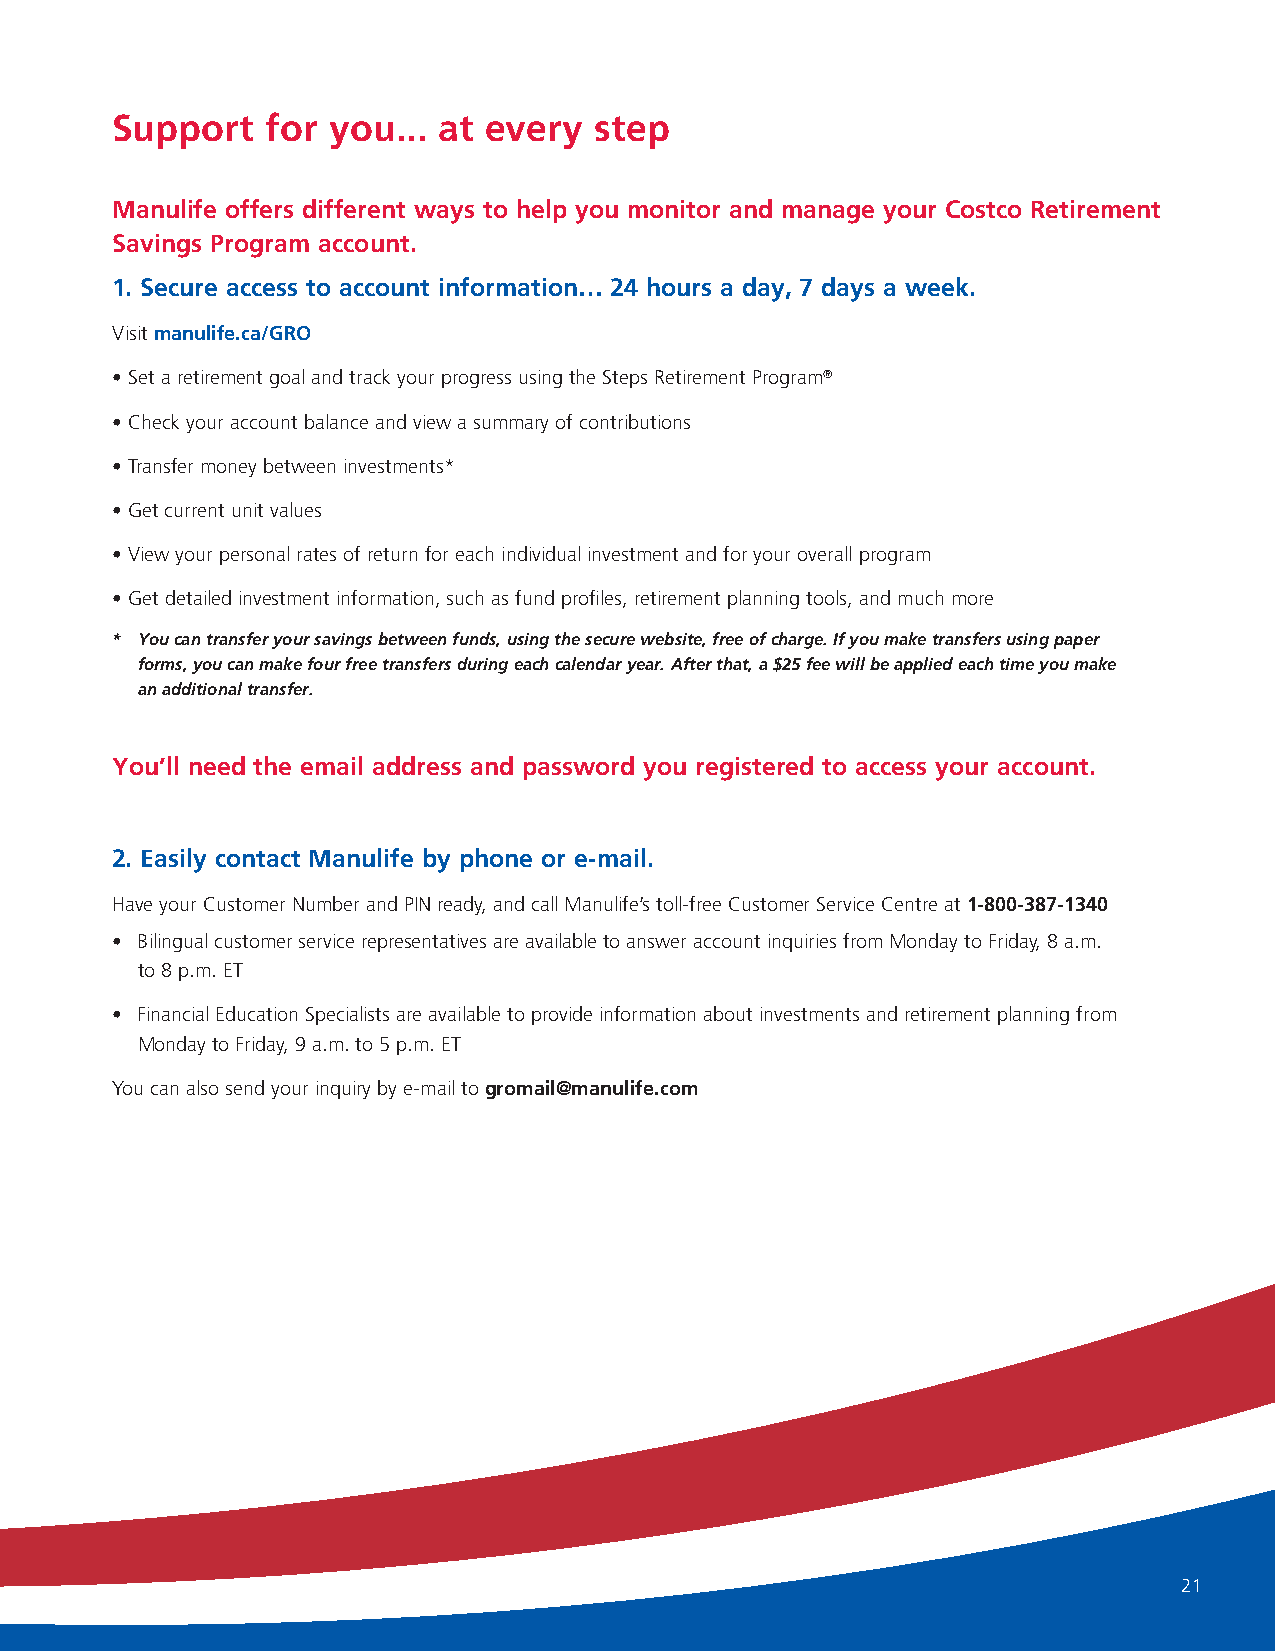
Support    for you... at every  step
 Manulife offers different ways to help you monitor and manage your Costco Retirement
 Savings Program account.
 1. Secure access to account information… 24 hours a day, 7 days a week.
 Visit manulife.ca/GRO
 • Set a retirement goal and track your progress using the Steps Retirement Program®
 • Check your account balance and view a summary of contributions
 • Transfer money between investments*
 • Get current unit values
 • View your personal rates of return for each individual investment and for your overall program
 • Get detailed investment information, such as fund profiles, retirement planning tools, and much more
 * You can transfer your savings between funds, using the secure website, free of charge. If you make transfers using paper
 forms, you can make four free transfers during each calendar year. After that, a $25 fee will be applied each time you make
 an additional transfer.
 You’ll need the email address and password you registered to access your account.
 2. Easily contact Manulife by phone or e-mail.
 Have your Customer Number and PIN ready, and call Manulife’s toll-free Customer Service Centre at 1-800-387-1340
 • Bilingual customer service representatives are available to answer account inquiries from Monday to Friday, 8 a.m.
 to 8 p.m. ET
 • Financial Education Specialists are available to provide information about investments and retirement planning from
 Monday to Friday, 9 a.m. to 5 p.m. ET
 You can also send your inquiry by e-mail to gromail@manulife.com
 21